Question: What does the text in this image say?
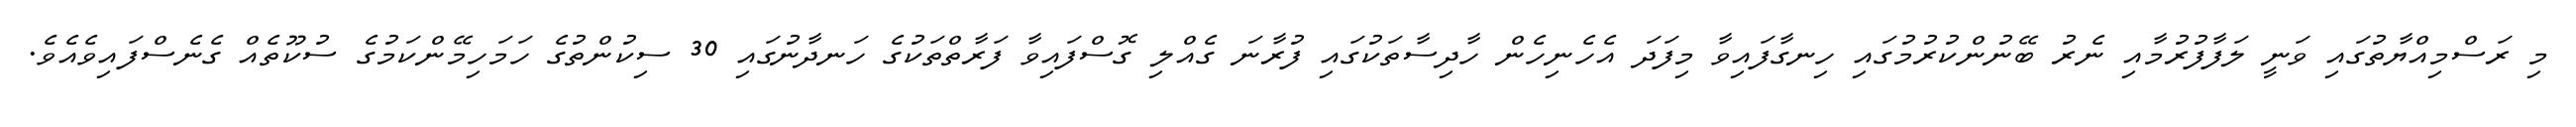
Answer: މި ރަސްމިއްޔާތުގައި ވަނީ ލަފާފުރުމާއި ނެރު ބޭނުންކުރުމުގައި ހިނގާފައިވާ މިފަދަ އެހެނިހެން ހާދިސާތަކުގައި ފުރާނަ ގެއްލި ގޮސްފައިވާ ފަރާތްތަކުގެ ހަނދާނުގައި 30 ސިކުންތުގެ ހަމަހިމޭންކަމުގެ ސުކޫތެއް ގެނެސްފައިވެއެވެ.